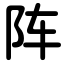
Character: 阵